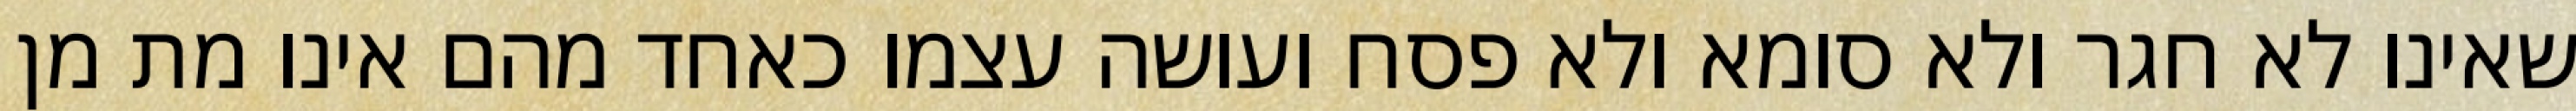
שאינו לא חגר ולא סומא ולא פסח ועושה עצמו כאחד מהם אינו מת מן